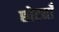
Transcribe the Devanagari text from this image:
छोट्याँ